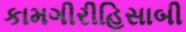
કામગીરીહિસાબી